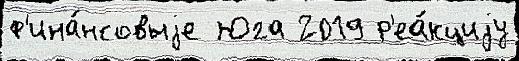
ф'ина́нсовыjе Юга 2019 р'еа́кциjу